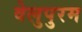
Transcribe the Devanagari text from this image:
वेलुपुरम